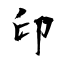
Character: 印